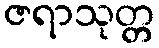
ဇရာသုတ္တ